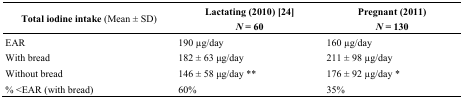
<table><thead><tr><td><b>Total iodine intake (Mean ± SD)</b></td><td><b>Lactating (2010) [24] <i>N</i> = 60</b></td><td><b>Pregnant (2011)<i>N</i> = 130</b></td></tr></thead><tbody><tr><td>EAR </td><td>190 μg/day </td><td>160 μg/day </td></tr><tr><td>With bread </td><td>182 ± 63 μg/day</td><td>211 ± 98 μg/day </td></tr><tr><td>Without bread </td><td>146 ± 58 μg/day ** </td><td>176 ± 92 μg/day * </td></tr><tr><td>% &lt;EAR (with bread)</td><td>60% </td><td>35% </td></tr></tbody></table>